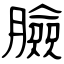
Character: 臉